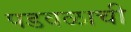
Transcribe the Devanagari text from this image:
पडवळाची